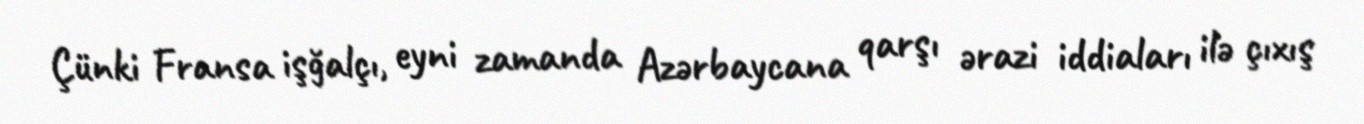
Çünki Fransa işğalçı, eyni zamanda Azərbaycana qarşı ərazi iddiaları ilə çıxış